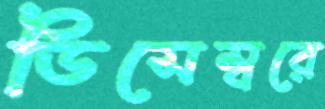
ডিসেম্বরে